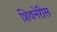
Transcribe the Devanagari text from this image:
शिवनेरीस